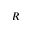
R